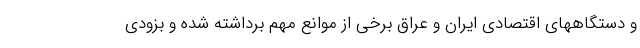
و دستگاههای اقتصادی ایران و عراق برخی از موانع مهم برداشته شده و بزودی